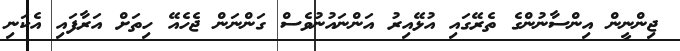
ޖިންނީން އިންސާނުންގެ ތެރޭގައި އުޅޭއިރު އަންނައުނުވެސް ގަންނަން ޖެހެއޭ ހިތަށް އަރާފައި އެކަނި